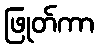
ဖြုတ်ကာ